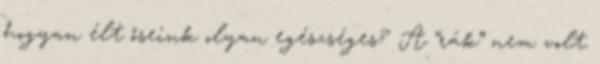
hogyan élt őseink olyan egészséges? A “rák” nem volt